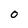
Character: 0